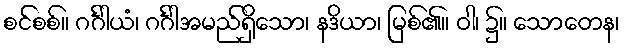
စင်စစ်။ ဂင်္ဂါယံ၊ ဂင်္ဂါအမည်ရှိသော၊ နဒိယာ၊ မြစ်၏။ ဝါ၊ ၌။ သောတေန၊